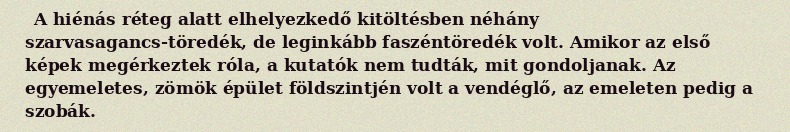
A hiénás réteg alatt elhelyezkedő kitöltésben néhány szarvasagancs-töredék, de leginkább faszéntöredék volt. Amikor az első képek megérkeztek róla, a kutatók nem tudták, mit gondoljanak. Az egyemeletes, zömök épület földszintjén volt a vendéglő, az emeleten pedig a szobák.